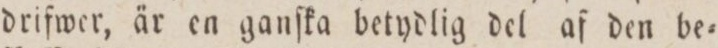
drifwer, är en ganſka betydlig del af den be=